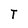
Character: T